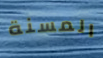
المسنة